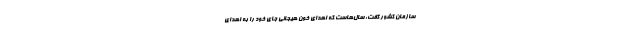
سازمان کشور گفت: سال‌هاست که اهدای خون هیجانی جای خود را به اهدای